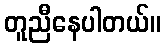
တူညီနေပါတယ်။